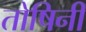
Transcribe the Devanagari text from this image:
तोषिनी